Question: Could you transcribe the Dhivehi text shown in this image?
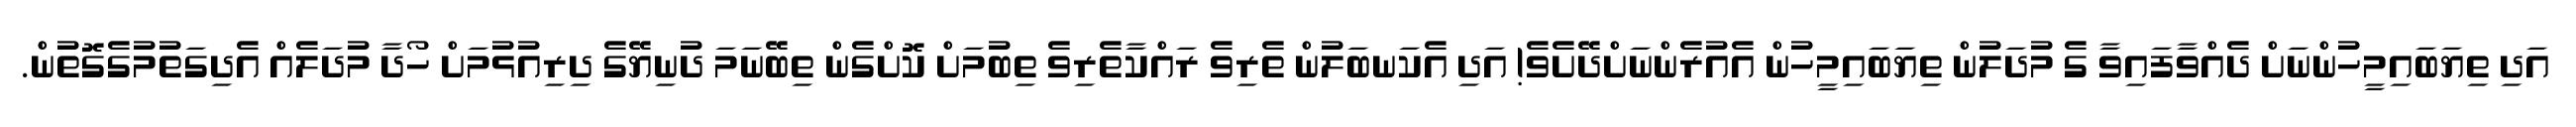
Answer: އަދި ތިޔަބައިމީހުންނަށް ދެއްވާފައިވާ ގެ މުދަލުން ތިޔަބައިމީހުން އެއުރެންނަށްދޭށެވެ! އަދި އެކަނބަލުން ތެރިވެ ރައްކާތެރިވެ ތިބުމަށް ކޮށްގެން ތިބޭނަމަ ދުނިޔޭގެ ދިރިއުޅުމަށް ހޯދާ މުދަލެއް އެދިގަތުމުގެގޮތުން.